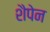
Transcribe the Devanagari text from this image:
शैपेन